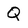
Character: Q